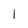
Character: l